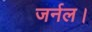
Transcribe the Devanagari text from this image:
जर्नल।